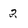
Character: 2